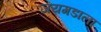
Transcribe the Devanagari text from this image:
जयगडाला